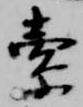
索